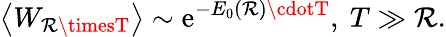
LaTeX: \left<W_{\mathcal{R}\timesT}\right>\sim\mathrm{{e}}^{-E_{0}(\mathcal{R})\cdotT},~T\gg\mathcal{R}.